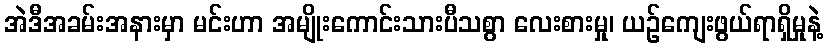
အဲဒီအခမ်းအနားမှာ မင်းဟာ အမျိုးကောင်းသားပီသစွာ လေးစားမှု၊ ယဉ်ကျေးဖွယ်ရာရှိမှုနဲ့